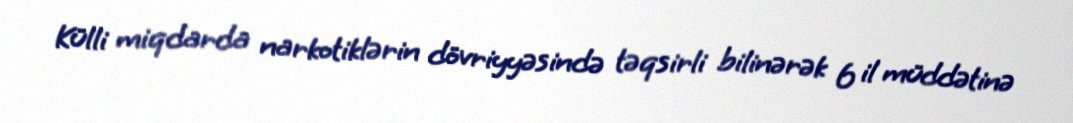
Külli miqdarda narkotiklərin dövriyyəsində təqsirli bilinərək 6 il müddətinə